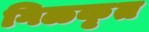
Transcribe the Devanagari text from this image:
गिळकृत